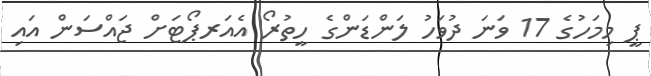
ޕީ މިމަހުގެ 17 ވަނަ ދުވަހު ލަންޑަންގެ ހީތުރޯ އެއަރޕޯޓަށް ޖައްސަން އައި